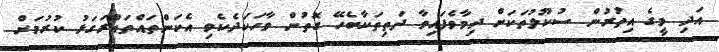
އަދި މީގެ އިތުރުން ސުކޫލުތަކަށް ދިމާވެފައިވާ ދަތިތަކާބެހޭ ގޮތުން ވާހަކަދެކެވި އެކަންތައްތައްރަގަޅު ކުރުމަށް